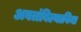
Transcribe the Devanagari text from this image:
अवलंबिल्याविना